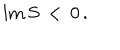
LaTeX: \mathrm { I m } \, S \, < \, 0 \, .